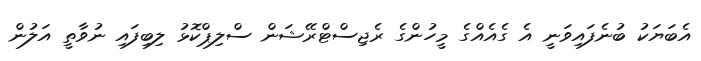
އެބަޔަކު ބުނެފައިވަނީ އެ ގެއެއްގެ މީހުންގެ ރެޖިސްޓްރޭޝަން ސްލިޕްކޮޅު ލިބިފައި ނުވާތީ އަލުން